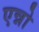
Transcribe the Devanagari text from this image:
एन्नो